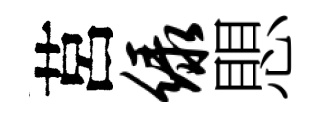
莒绿愳